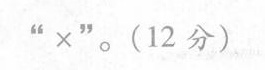
”×“ 。(12 分)